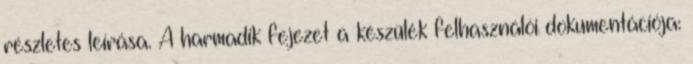
részletes leírása. A harmadik fejezet a készülék felhasználói dokumentációja: